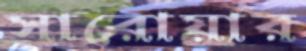
সারোয়ার